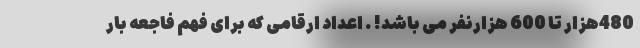
480هزار تا 600 هزارنفر می باشد! . اعداد ارقامی که برای فهم فاجعه بار